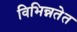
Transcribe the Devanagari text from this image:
विभिन्नतेत